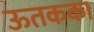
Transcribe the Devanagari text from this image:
ऊतकका